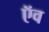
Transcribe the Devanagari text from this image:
ऍव